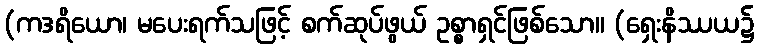
(ကဒရိယော၊ မပေးရက်သဖြင့် စက်ဆုပ်ဖွယ် ဥစ္စာရှင်ဖြစ်သော။ (ရှေးနိဿယ၌